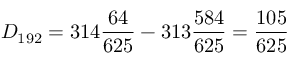
{ } D _ { 1 9 2 } = 3 1 4 { \frac { 6 4 } { 6 2 5 } } - 3 1 3 { \frac { 5 8 4 } { 6 2 5 } } = { \frac { 1 0 5 } { 6 2 5 } }